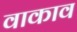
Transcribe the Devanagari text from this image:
वाकाव